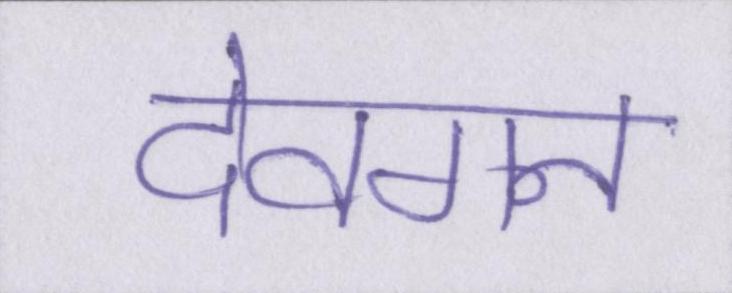
देवगन